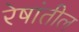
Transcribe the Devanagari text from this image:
रेषांतील